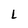
Character: L